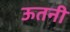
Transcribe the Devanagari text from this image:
ऊतनी